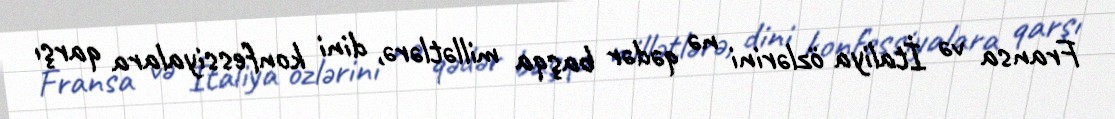
Fransa və İtaliya özlərini nə qədər başqa millətlərə, dini konfessiyalara qarşı